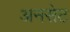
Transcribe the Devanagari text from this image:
अनसेट